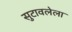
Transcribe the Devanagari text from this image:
सुटावलेला